Indian journal of veterinary science and animal husbandry - Volumes 24-25, 1954-1955
Year: 1954
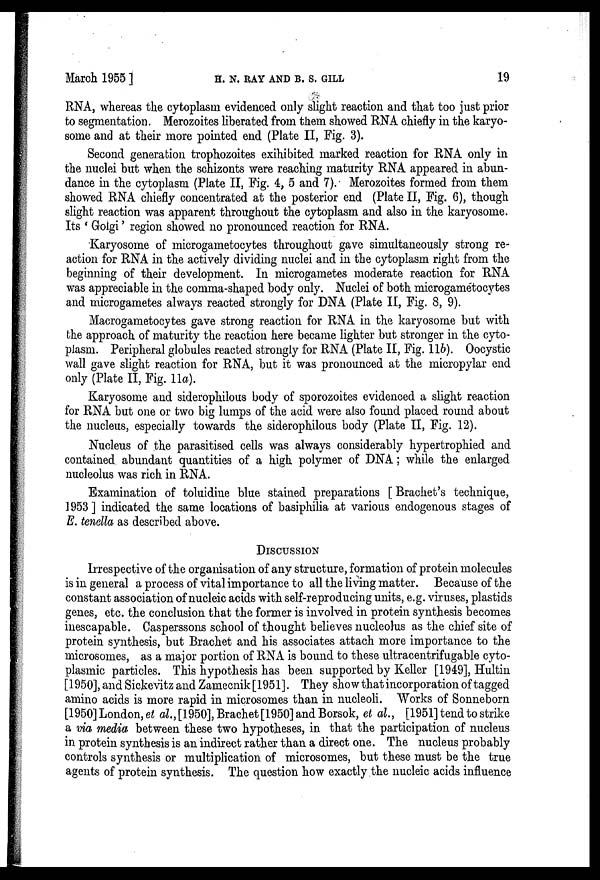
March 1955]
H.
N.
RAY
AND
B.
S.
GILL
19
RNA, whereas the cytoplasm evidenced only slight reaction and that too just prior
to segmentation. Merozoites liberated from them showed RNA chiefly in the karyo-
some and at their more pointed end (Plate II, Fig. 3).
Second generation trophozoites exihibited marked reaction for RNA only in
the nuclei but when the schizonts were reaching maturity RNA appeared in abun-
dance in the cytoplasm (Plate II, Fig. 4, 5 and 7). Merozoites formed from them
showed RNA chiefly concentrated at the posterior end (Plate II, Fig. 6), though
slight reaction was apparent throughout the cytoplasm and also in the karyosome.
Its 'Goigi' region showed no pronounced reaction for RNA.
Karyosome of microgametocytes throughout gave simultaneously strong re-
action for RNA in the actively dividing nuclei and in the cytoplasm right from the
beginning of their development. In microgametes moderate reaction for RNA
was appreciable in the comma-shaped body only. Nuclei of both microgametocytes
and microgametes always reacted strongly for DNA (Plate II, Fig. 8, 9).
Macrogametocytes gave strong reaction for RNA in the karyosome but with
the approach of maturity the reaction here became lighter but stronger in the cyto-
plasm. Peripheral globules reacted strongly for RNA (Plate II, Fig. 11b). Oocystic
wall gave slight reaction for RNA, but it was pronounced at the micropylar end
only (Plate II, Fig. 11a).
Karyosome and siderophilous body of sporozoites evidenced a slight reaction
for RNA but one or two big lumps of the acid were also found placed round about
the nucleus, especially towards the siderophilous body (Plate II, Fig. 12).
Nucleus of the parasitised cells was always considerably hypertrophied and
contained abundant quantities of a high polymer of DNA; while the enlarged
nucleolus was rich in RNA.
Examination of toluidine blue stained preparations [Brachet's technique,
1953] indicated the same locations of basiphilia at various endogenous stages of
E. tenella as described above.
DISCUSSION
Irrespective of the organisation of any structure, formation of protein molecules
is in general a process of vital importance to all the living matter. Because of the
constant association of nucleic acids with self-reproducing units, e.g. viruses, plastids
genes, etc. the conclusion that the former is involved in protein synthesis becomes
inescapable. Casperssons school of thought believes nucleolus as the chief site of
protein synthesis, but Brachet and his associates attach more importance to the
microsomes, as a major portion of RNA is bound to these ultracentrifugable cyto-
plasmic particles. This hypothesis has been supported by Keller [1949], Hultin
[1950], and Sickevitz and Zamecnik [1951]. They show that incorporation of tagged
amino acids is more rapid in microsomes than in nucleoli. Works of Sonneborn
[1950] London, et al., [1950], Brachet [1950] and Borsok, et al., [1951] tend to strike
a via media between these two hypotheses, in that the participation of nucleus
in protein synthesis is an indirect rather than a direct one. The nucleus probably
controls synthesis or multiplication of microsomes, but these must be the true
agents of protein synthesis. The question how exactly the nucleic acids influence